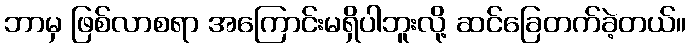
ဘာမှ ဖြစ်လာစရာ အကြောင်းမရှိပါဘူးလို့ ဆင်ခြေတက်ခဲ့တယ်။